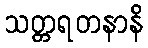
သတ္တရတနာနိ